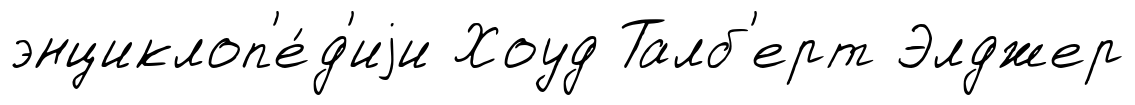
энциклоп'е́д'иjи Хоуд Талб'ерт Элджер